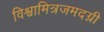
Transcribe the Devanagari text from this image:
विश्वामित्रजमदग्नी